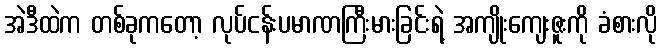
အဲဒီထဲက တစ်ခုကတော့ လုပ်ငန်းပမာဏကြီးမားခြင်းရဲ့ အကျိုးကျေးဇူးကို ခံစားလို